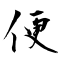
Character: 便